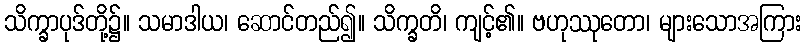
သိက္ခာပုဒ်တို့၌။ သမာဒါယ၊ ဆောင်တည်၍။ သိက္ခတိ၊ ကျင့်၏။ ဗဟုဿုတော၊ များသောအကြား